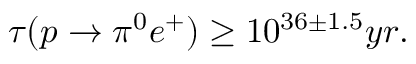
\tau ( p \to \pi ^ { 0 } e ^ { + } ) \geq 1 0 ^ { 3 6 \pm 1 . 5 } y r .